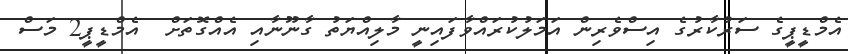
އެމްޑީޕީގެ ސަރުކާރުގެ އިސްވެރިން އަމަލުކުރައްވާފައިނީ މާލިއްޔަތު ގާނޫނާއި އެއްގޮތަށް  އެމްޑީޕީ2 މަސް